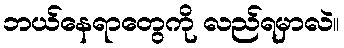
ဘယ်နေရာတွေကို လည်ရမှာလဲ။